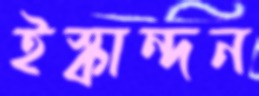
ইস্কান্দন